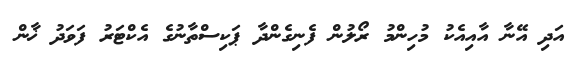
އަދި އޭނާ އާއިއެކު މުހިންމު ރޯލުން ފެނިގެންދާ ޕަކިސްތާނުގެ އެކްޓަރު ފަވަދު ޚާން